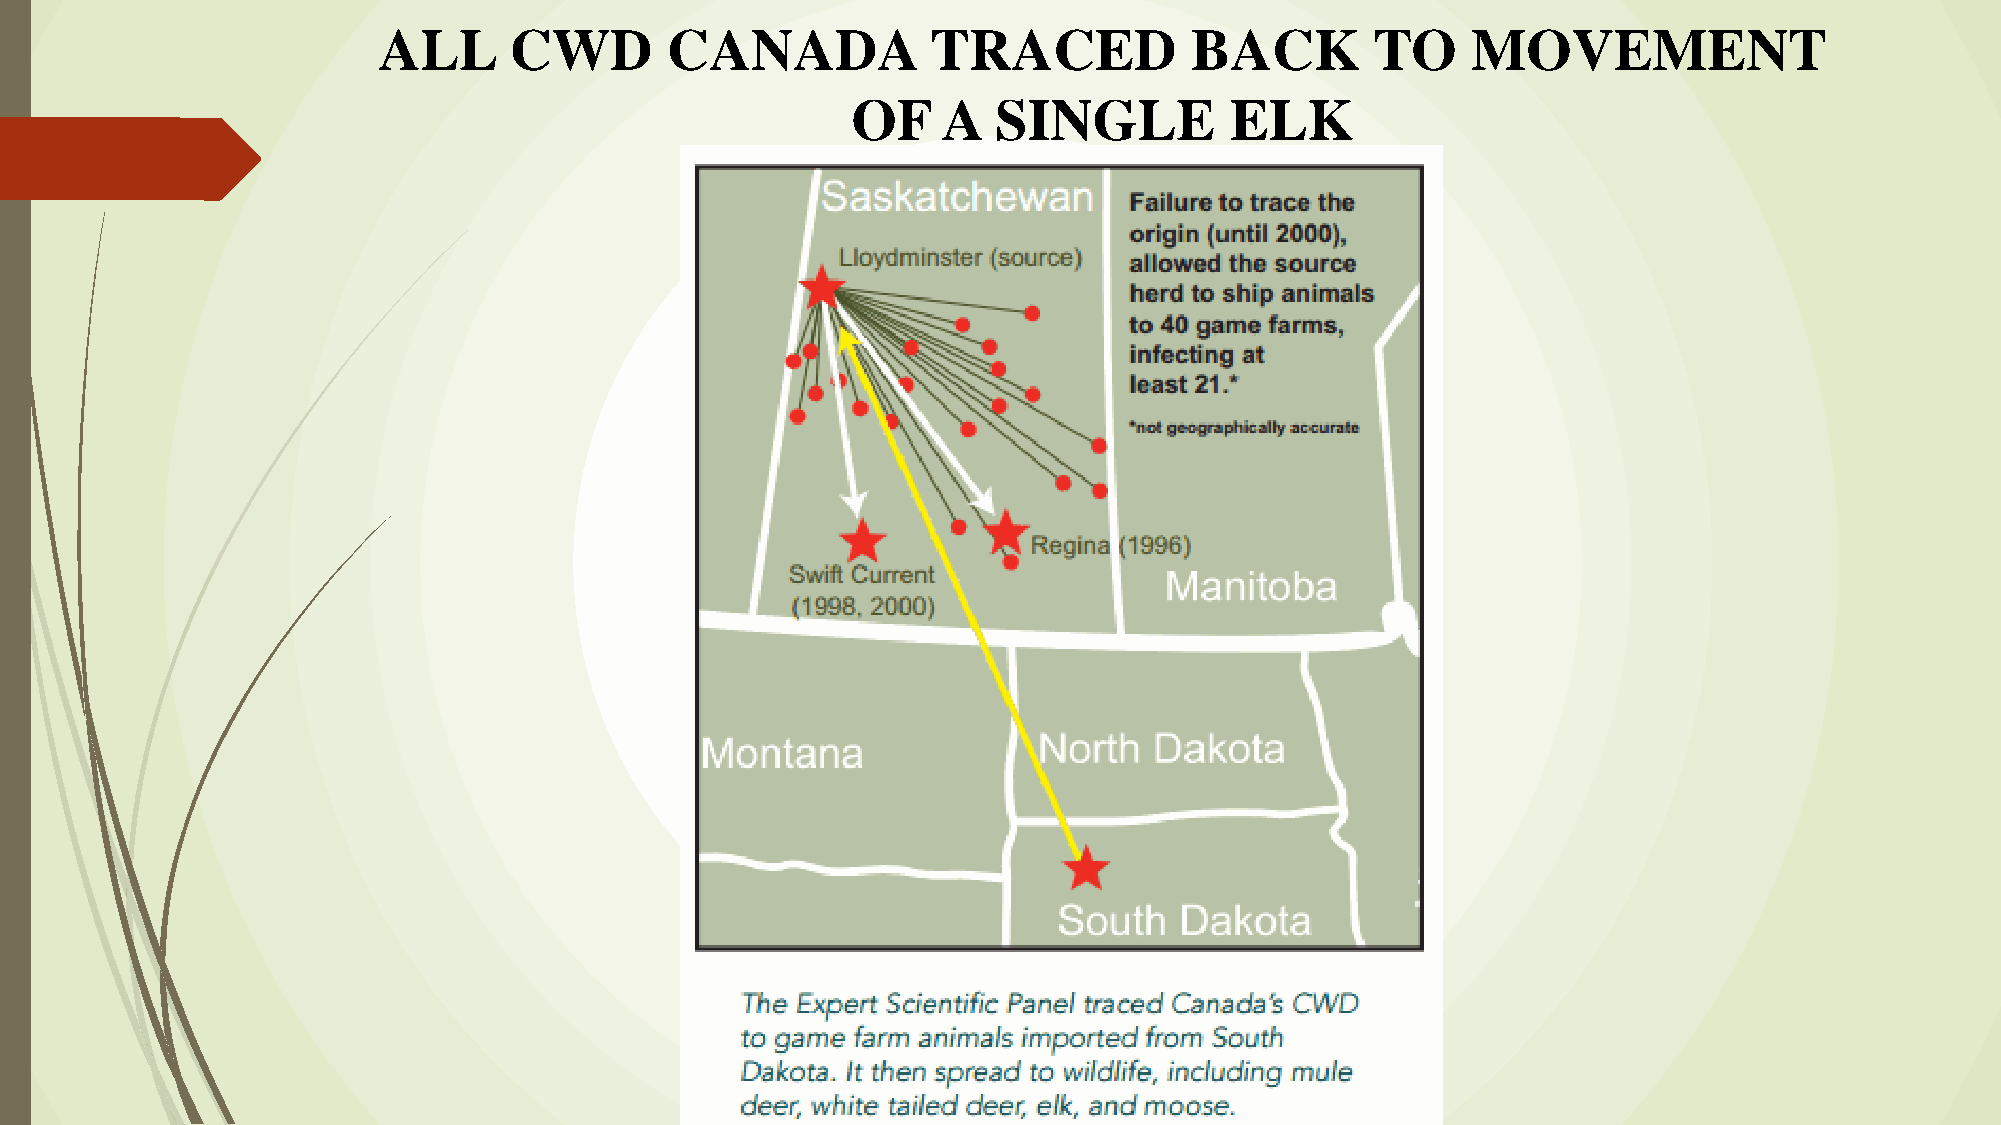
ALL      CWD       CANADA            TRACED           BACK        TO    MOVEMENT
 OF    A   SINGLE         ELK